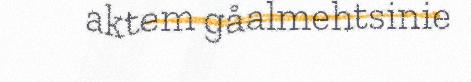
aktem gåalmehtsinie